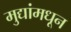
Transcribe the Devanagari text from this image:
मुद्यांमधून